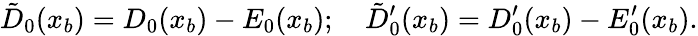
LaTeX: \tilde{D}_{0}(x_{b})=D_{0}(x_{b})-E_{0}(x_{b});\quad\tilde{D}_{0}^{\prime}(x_{b})=D_{0}^{\prime}(x_{b})-E_{0}^{\prime}(x_{b}).